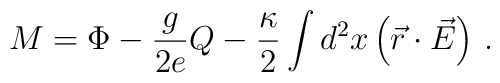
M = \Phi - {g \over 2 e } Q - {\kappa \over 2 }   \int d^2 x \left( \vec r \cdot \vec E  \right)\, .